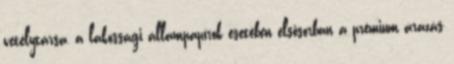
vetélytársa, a lakossági állampapírok esetében elsősorban a prémium árazás